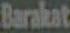
Barakat